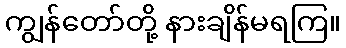
ကျွန်တော်တို့ နားချိန်မရကြ။